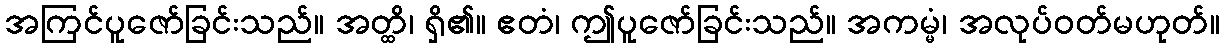
အကြင်ပူဇော်ခြင်းသည်။ အတ္ထိ၊ ရှိ၏။ ဧတံ၊ ဤပူဇော်ခြင်းသည်။ အကမ္မံ၊ အလုပ်ဝတ်မဟုတ်။